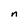
Character: n